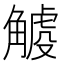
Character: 𧤧